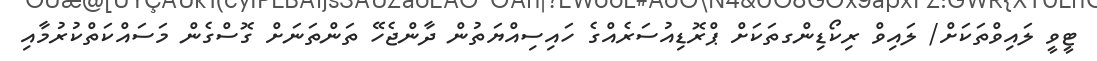
ޓީވީ ލައިވްތަކަށް/ ލައިވް ރިކޯޑިންގތަކަށް ޕްރޮޑިއުސަރެއްގެ ހައިސިއްޔަތުން ދާންޖެހޭ ތަންތަނަށް ގޮސްގެން މަސައްކަތްކުރުމާއި